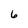
Character: 6